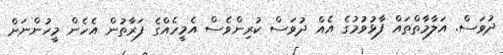
ދުވަސް. އަލާމާތްތައް ފާޅުވުމުގެ އެއް ދުވަސް ކުރިންވެސް އެމީހެއްގެ ފަރާތުން އެހެން މީހުންނަށް